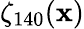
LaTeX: \zeta_{140}(\mathbf{x})